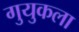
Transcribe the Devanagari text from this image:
गुयुकला